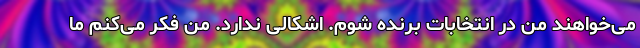
می‌خواهند من در انتخابات برنده شوم. اشکالی ندارد. من فکر می‌کنم ما